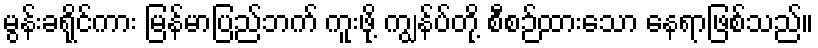
မွန်းခရိုင်ကား မြန်မာပြည်ဘက် ကူးဖို့ ကျွန်ပ်တို့ စီစဉ်ထားသော နေရာဖြစ်သည်။